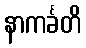
နာကင်္ခတိ